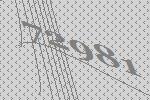
72981